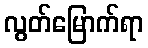
လွတ်မြောက်ရာ